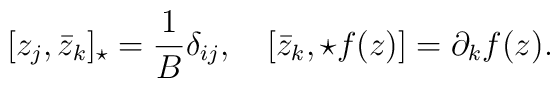
[z_j, \bar{z}_k]_\star = \frac{1}{B} \delta_{i j}, \quad[\bar{z}_k,\star f(z)] = \partial_k f(z).